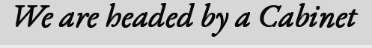
We are headed by a Cabinet